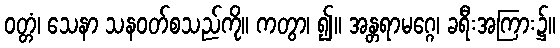
ဝတ္တံ၊ သေနာ သနဝတ်စသည်ကို။ ကတွာ၊ ၍။ အန္တရာမဂ္ဂေ၊ ခရီးအကြား၌။